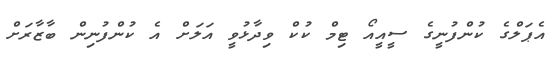
އެޕަލްގެ ކުންފުނީގެ ސީއީއޯ ޓިމް ކުކް ވިދާޅުވީ އަލަށް އެ ކުންފުނިން ބާޒާރަށް